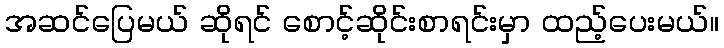
အဆင်ပြေမယ် ဆိုရင် စောင့်ဆိုင်းစာရင်းမှာ ထည့်ပေးမယ်။